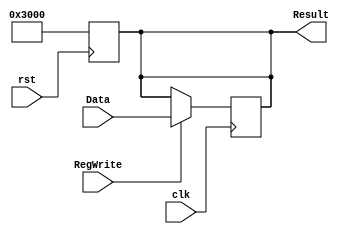
module SReg(
    input               clk,
    input               RegWrite,
    input   [31:0]      Data,
    // For PC
    input               rst,

    output  reg[31:0]   Result
);

    reg[31:0]       Reg;

    always@(negedge clk) begin
        if (RegWrite)
            Result <= Data;
    end

    always@(posedge rst) begin
        Result <= {32'h00003000};
    end

endmodule